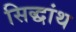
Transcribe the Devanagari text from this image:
सिद्धांथ